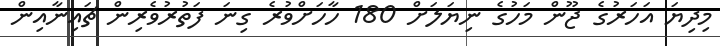
މިދިޔަ އަހަރުގެ ޖޫން މަހުގެ ނިޔަަލަށް 180 ހާހަށްވުރެ ގިނަ ފަތުރުވެރިން ޗައިނާއިން